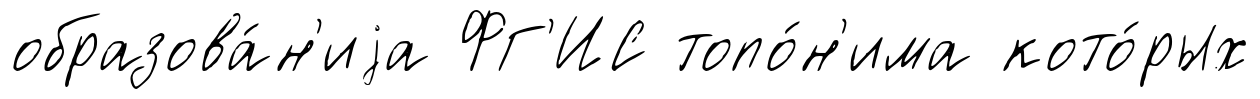
образова́н'иjа ФГ'ИС топо́н'има кото́рых